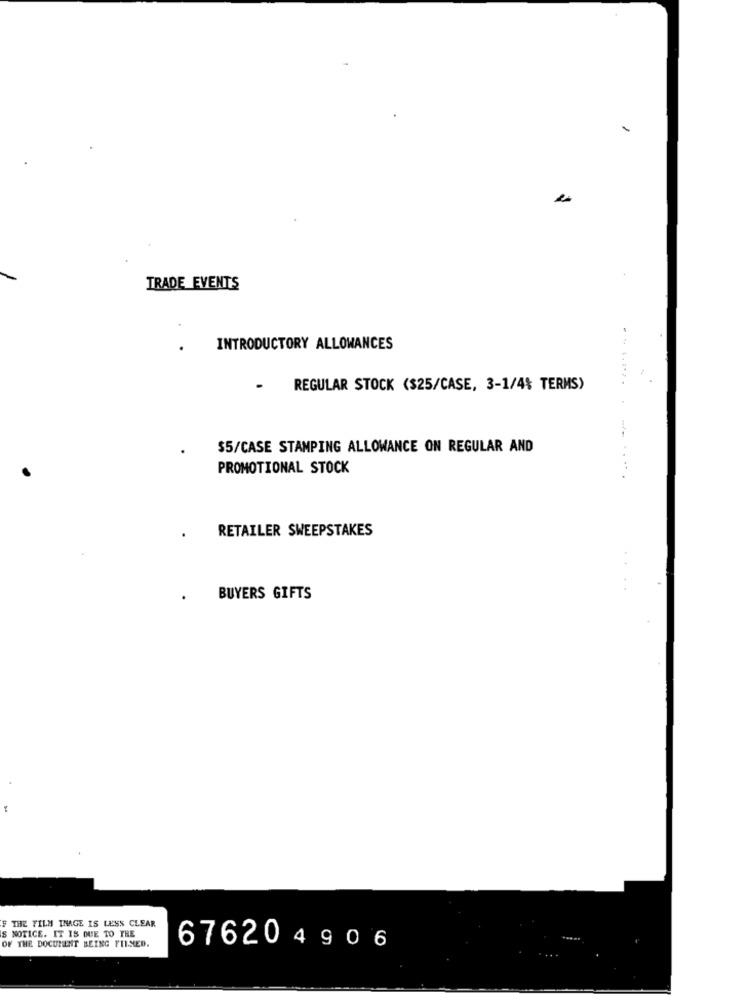
TRADE EVENTS
INTRODUCTORY ALLOWANCES
REGULAR STOCK ($25/CASE, 3-1/4% TERMS)
7-
$5/CASE STAMPING ALLOWANCE ON REGULAR AND
PROMOTIONAL STOCK
. ..
RETAILER SWEEPSTAKES
BUYERS GIFTS
F THE FILM THAGE IS LESS CLEAR
NOTICE. IT IS DUE TO THE
OF THE DOCUMENT BEING FILMED.
676204906